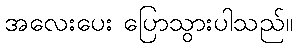
အလေးပေး ပြောသွားပါသည်။